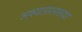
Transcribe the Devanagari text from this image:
अश्यासारख्या